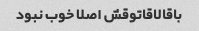
باقالاقاتوقش اصلا خوب نبود